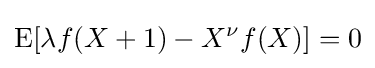
\operatorname {E} [\lambda f(X+1)-X^{\nu }f(X)]=0